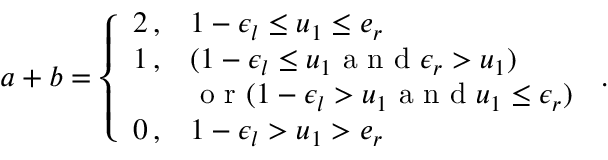
a + b = \left\{ \begin{array} { l l } { 2 \, , } & { 1 - \epsilon _ { l } \leq u _ { 1 } \leq e _ { r } } \\ { 1 \, , } & { ( 1 - \epsilon _ { l } \leq u _ { 1 } \mathrm { ~ a ~ n ~ d ~ } \epsilon _ { r } > u _ { 1 } ) } \\ { ~ } & { \mathrm { ~ o ~ r ~ } ( 1 - \epsilon _ { l } > u _ { 1 } \mathrm { ~ a ~ n ~ d ~ } u _ { 1 } \leq \epsilon _ { r } ) } \\ { 0 \, , } & { 1 - \epsilon _ { l } > u _ { 1 } > e _ { r } } \end{array} \right. \, .